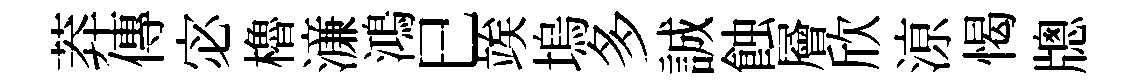
莽傳宓櫓濓鴻巳竢塢多誠蝕層欣鿌愒牕